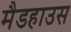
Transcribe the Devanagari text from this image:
मैडहाउस